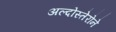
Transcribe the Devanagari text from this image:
अल्दोस्तेरोने